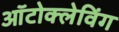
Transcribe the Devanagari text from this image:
ऑटोक्लेविंग